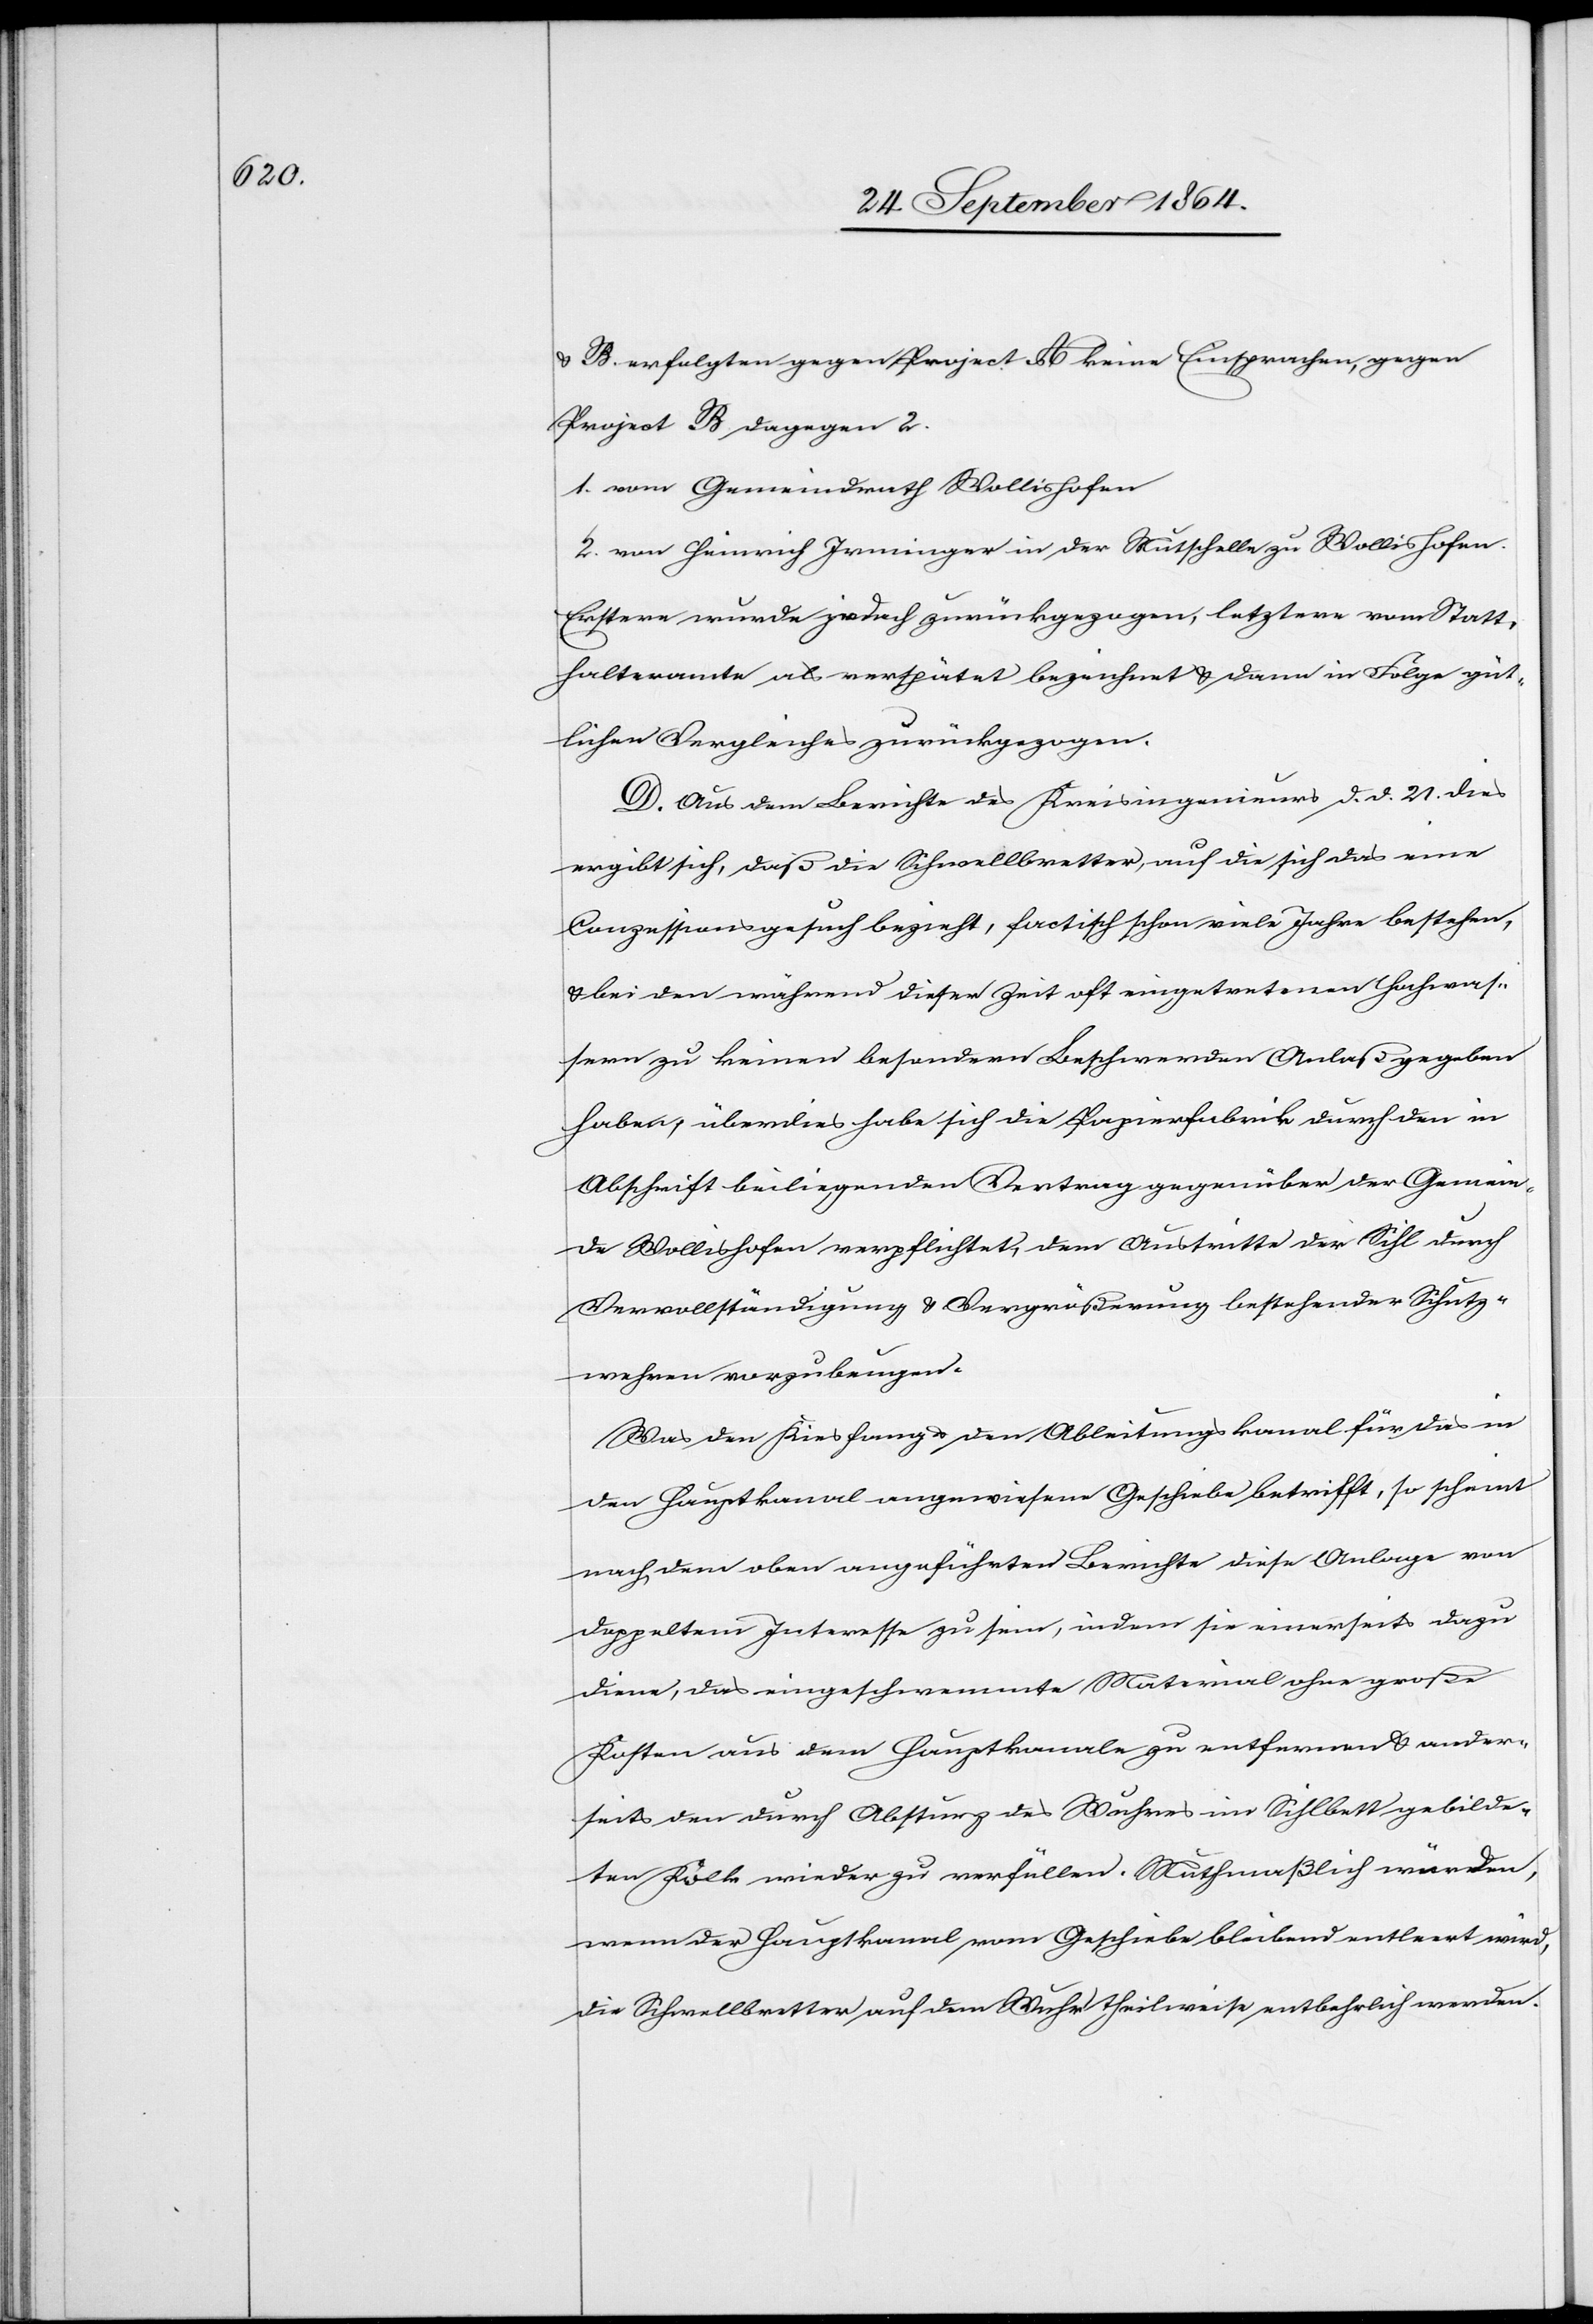
& B erfolgten gegen Project A keine Einsprachen, gegen
Project B dagegen 2.
1) vom Gemeindrath Wollishofen
2) von Heinrich Irminger in der Mutschelle zu Wollishofen.
Erstere wurde jedoch zurückgezogen, letztere vom Statt¬
halteramte als verspätet bezeichnet & dann in Folge güt¬
lichen Vergleiches zurückgezogen.
D. Aus dem Berichte des Kreisingenieurs d. d. 21. dies
ergibt sich, daß die Schwellbretter, auf die sich das eine
Conzessionsgesuch bezieht, factisch schon viele Jahre bestehen,
& bei den während dieser Zeit oft eingetretenen Hochwas¬
sern zu keinen besondern Beschwerden Anlaß gegeben
haben; überdies habe sich die Papierfabrik durch den in
Abschrift beiliegenden Vertrag gegenüber der Gemein¬
de Wollishofen verpflichtet, dem Austritte der Sihl durch
Vervollständigung & Vergrößerung bestehender Schutz¬
wehren vorzubeugen.
Was den Kiesfang & den Ableitungskanal für das in
den Hauptkanal angewiesene Geschiebe betrifft, so scheint
nach dem oben angeführten Berichte diese Anlage von
doppeltem Interesse zu sein, indem sie einerseits dazu
diene, das eingeschwemmte Material ohne große
Kosten aus dem Hauptkanale zu entfernen & ander¬
seits den durch Absturz des Wuhres im Sihlbett gebilde¬
ten Kalk wieder zu verfüllen. Muthmaßlich würden,
wenn der Hauptkanal vom Geschiebe bleibend entleert wird,
die Schwellbretter auf dem Wuhr theilweise entbehrlich werden.